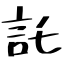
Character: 託